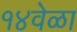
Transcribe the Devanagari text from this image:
१४वेळा